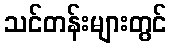
သင်တန်းများတွင်